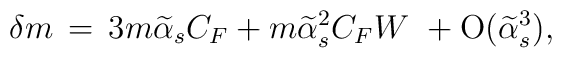
\delta m \,=\, 3m\widetilde\alpha_s C_F + m\widetilde\alpha_s^2       C_F W\ + {\rm O}(\widetilde\alpha_s^3),